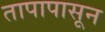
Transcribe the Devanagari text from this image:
तापापासून